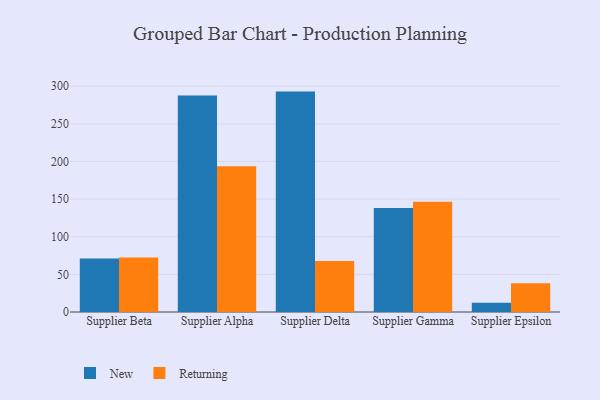
{"axis": {"x": "Supplier", "y": "Energy Usage (MWh)"}, "legend": ["New", "Returning"], "data": [{"x": "Supplier Beta", "y": 71.0, "type": "New"}, {"x": "Supplier Beta", "y": 72.3, "type": "Returning"}, {"x": "Supplier Alpha", "y": 287.6, "type": "New"}, {"x": "Supplier Alpha", "y": 193.7, "type": "Returning"}, {"x": "Supplier Delta", "y": 292.8, "type": "New"}, {"x": "Supplier Delta", "y": 67.7, "type": "Returning"}, {"x": "Supplier Gamma", "y": 138.0, "type": "New"}, {"x": "Supplier Gamma", "y": 146.6, "type": "Returning"}, {"x": "Supplier Epsilon", "y": 12.3, "type": "New"}, {"x": "Supplier Epsilon", "y": 38.1, "type": "Returning"}]}